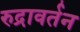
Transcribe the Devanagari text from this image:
रुद्रावर्तन